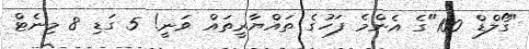
"ގޯލްޑް 100"ގެ އެންމެ ފަހުގެ ތައްޔާރީތައް ވަނީ! 5 ގަޑި 8 މިނެޓް